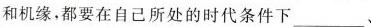
和机缘，都要在自己所处的时代条件下___/